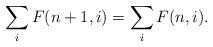
LaTeX: \begin{align*}\sum_iF(n+1,i)=\sum_iF(n,i).\end{align*}